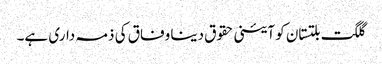
گلگت بلتستان کو آئینی حقوق دینا وفاق کی ذمہ داری ہے۔